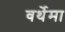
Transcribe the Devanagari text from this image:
वर्थेमा